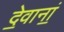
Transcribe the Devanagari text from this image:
दे॒वानां॒